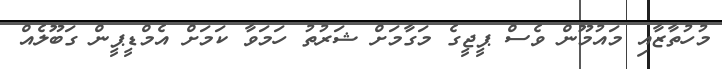
މުހުތާޒާއި މައުމޫން ވެސް ޕީޖީގެ މަގާމަށް ޝަރުުތު ހަމަވާ ކަމަށް އެމްޑީޕީން ގަބޫލެއް